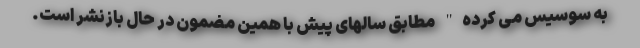
به سوسیس می کرده" مطابق سالهای پیش با همین مضمون در حال بازنشر است.